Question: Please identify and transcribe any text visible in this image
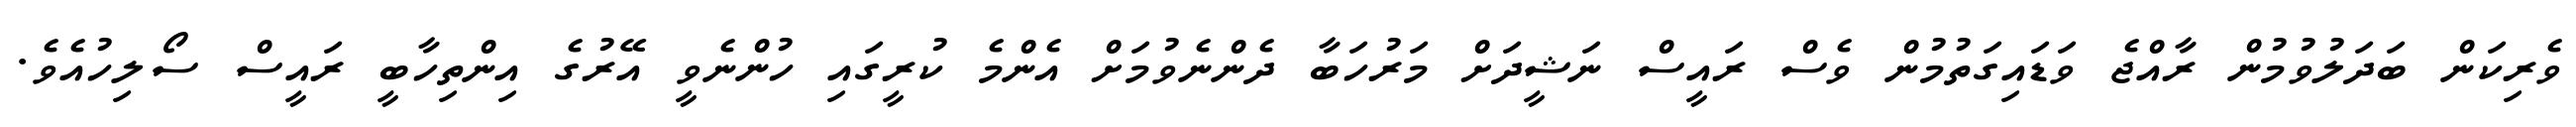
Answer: ވެރިކަން ބަދަލުވުމުން ރާއްޖެ ވަޑައިގަތުމުން ވެސް ރައީސް ނަޝީދަށް މަރުހަބާ ދެންނެވުމަށް އެންމެ ކުރީގައި ހުންނެވީ އޭރުގެ އިންތިހާބީ ރައީސް ސޯލިހުއެވެ.